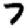
Digit: 7